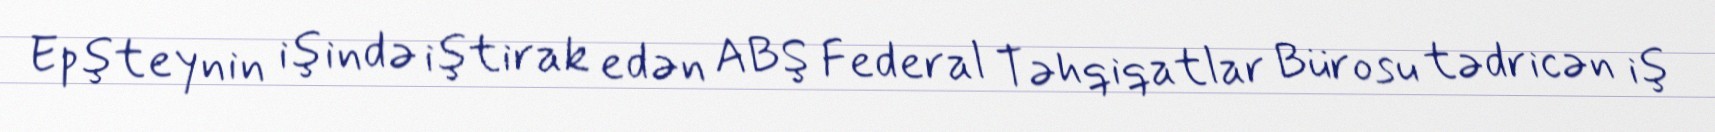
Epşteynin işində iştirak edən ABŞ Federal Təhqiqatlar Bürosu tədricən iş